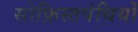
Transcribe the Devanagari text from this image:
सोफ़िस्तपंथियों